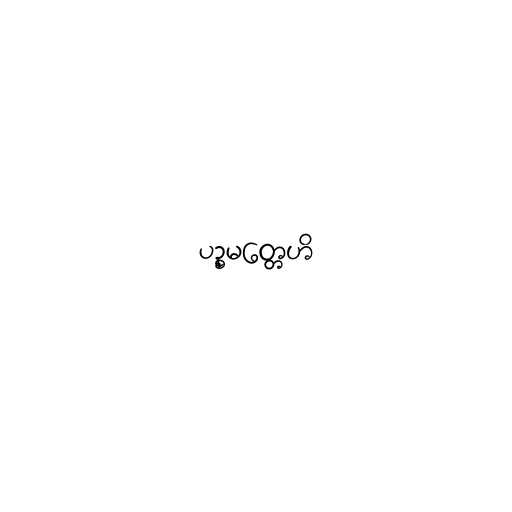
ပဉ္စမတ္တေဟိ